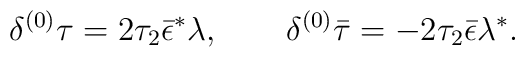
{\delta^{(0)} \tau = 2\tau_2\bar \epsilon^* \lambda,\qquad \delta^{(0)}\bar \tau = -2\tau_2\bar \epsilon \lambda^*.}